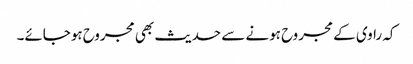
کہ راوی کے مجروح ہونے سے حدیث بھی مجروح ہوجائے۔